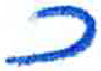
אות: כ